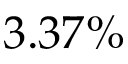
3 . 3 7 \%